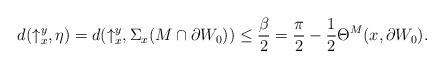
LaTeX: \begin{align*}d(\uparrow_x^y, \eta)=d(\uparrow_x^y, \Sigma_x(M\cap\partial W_0))\le\frac{\beta}{2}=\frac{\pi}{2}-\frac12\Theta^M(x,\partial W_0).\end{align*}